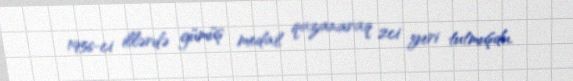
1956-ci illərdə gümüş medal qazanaraq 2ci yeri tutmuşdu.